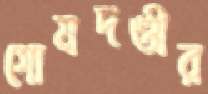
গোমদণ্ডীর